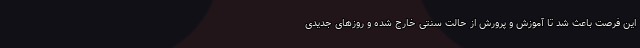
این فرصت باعث شد تا آموزش و پرورش از حالت سنتی خارج شده و روزهای جدیدی